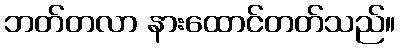
ဘတ်တလာ နားထောင်တတ်သည်။